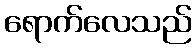
ရောက်လေသည်